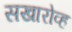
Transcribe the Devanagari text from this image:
सखारोव्ह